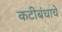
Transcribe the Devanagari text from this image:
कटीबंधाचे